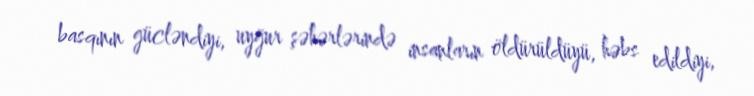
basqının gücləndiyi, uyğur şəhərlərində insanların öldürüldüyü, həbs edildiyi,